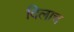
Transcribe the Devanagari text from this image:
दिलाच